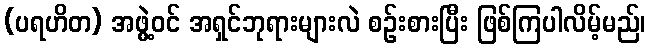
(ပရဟိတ) အဖွဲ့ဝင် အရှင်ဘုရားများလဲ စဉ်းစားပြီး ဖြစ်ကြပါလိမ့်မည်၊